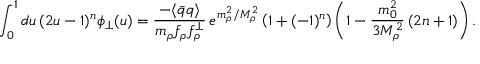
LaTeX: \int _ { 0 } ^ { 1 } d u \, ( 2 u - 1 ) ^ { n } \phi _ { \perp } ( u ) = \frac { - \langle \bar { q } q \rangle } { m _ { \rho } f _ { \rho } f _ { \rho } ^ { \perp } } \, e ^ { m _ { \rho } ^ { 2 } / M _ { \rho } ^ { 2 } } \left( 1 + ( - 1 ) ^ { n } \right) \left( 1 - \frac { m _ { 0 } ^ { 2 } } { 3 M _ { \rho } ^ { 2 } } \, ( 2 n + 1 ) \right) .